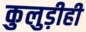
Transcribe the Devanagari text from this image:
कुलुड़ीही